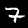
Label: 7